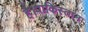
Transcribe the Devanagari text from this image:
है।पाकिस्तान